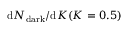
{ \mathrm { d } N _ { \mathrm { d a r k } } } / { \mathrm { d } K } ( K = 0 . 5 )